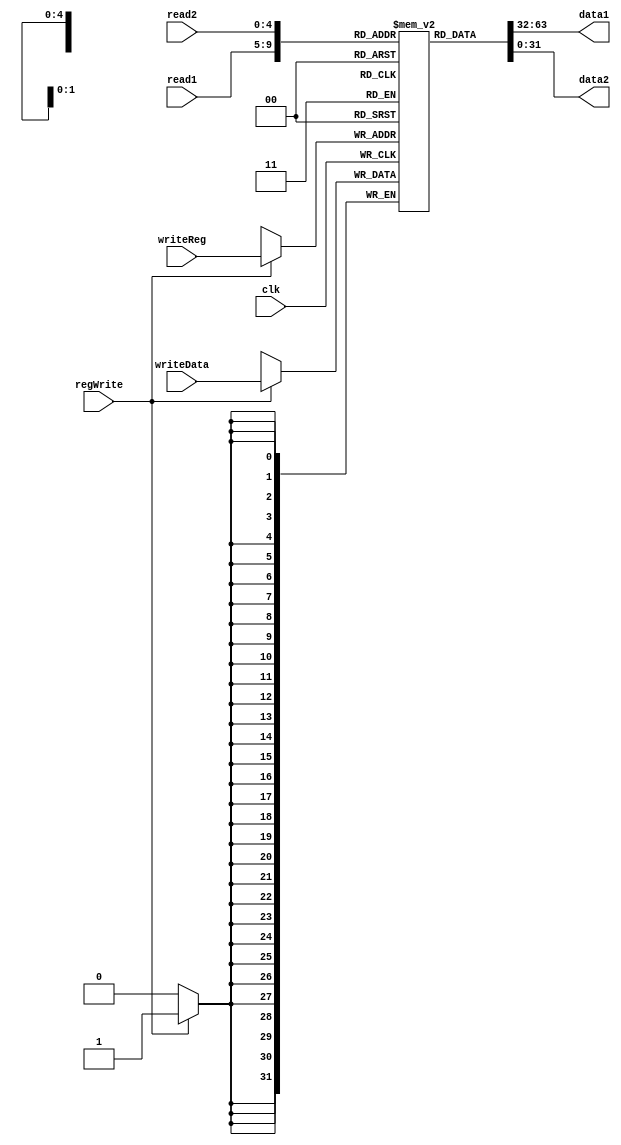
/*---------------------------------------------------*
 * UEFS - Universidade Estadual de Feira de Santana  *
 *                                                   *
 *                                                   *
 * TEC499 - MI - Sistemas Digitais                   *
 *---------------------------------------------------*
 *                                                   *
 *                                                   *
 * Verilog - Banco de Registradores
 * Aluno: Devson Queiroz
 *                                                   *
*                                                    *
 *---------------------------------------------------*/


module bancoRegistrador(read1, read2, writeReg,writeData, regWrite, data1, data2, clk);
input [4:0] read1, read2, writeReg; 
input [31:0] writeData;
input regWrite, clk;
output [31:0] data1, data2;
reg [31:0] rf [31:0];

assign data1 = rf[read1];
assign data2 = rf[read2];

always @(posedge clk) 
	begin
	if (regWrite)
	rf [writeReg] <= writeData;
	end
	endmodule